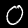
Label: 0